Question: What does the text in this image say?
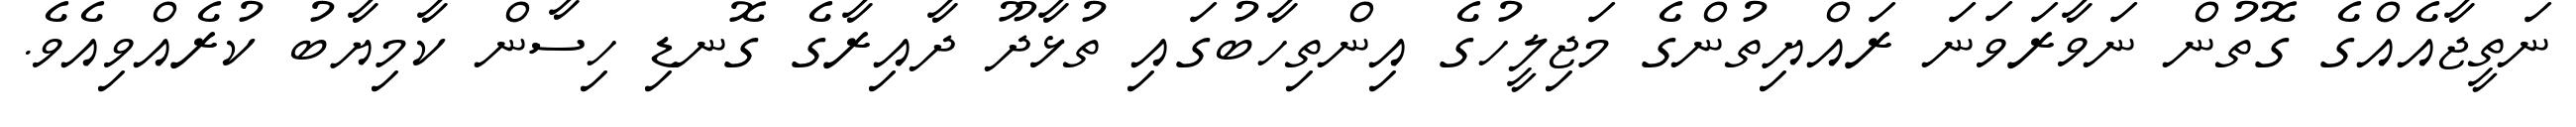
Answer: ނަތީޖާއެއްގެ ގޮތުން ނަވާރަވަނަ ރައްޔިތުންގެ މަޖިލީހުގެ އިންތިހާބުގައި ތުޅާދޫ ދާއިރާގެ ގޮނޑި ހިސާން ކާމިޔާބު ކުރެއްވިއެވެ.